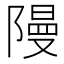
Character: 𮥝